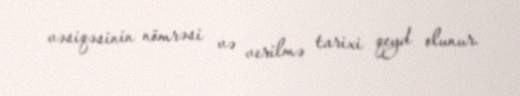
vəsiqəsinin nömrəsi və verilmə tarixi qeyd olunur.